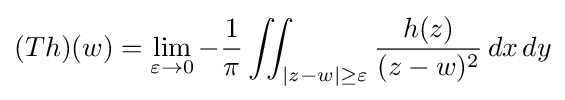
(Th)(w)=\lim _{\varepsilon \to 0}-{1 \over \pi }\iint _{|z-w|\geq \varepsilon }{h(z) \over (z-w)^{2}}\,dx\,dy